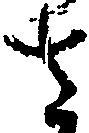
さ